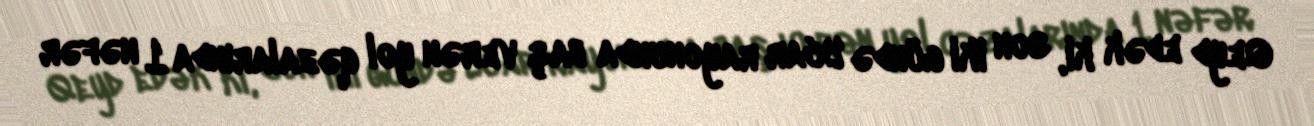
Qeyd edək ki, son iki gündə Ucar rayonunda baş verən yol qəzalarında 1 nəfər